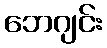
ဘေဂျင်း